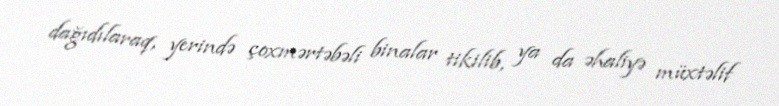
dağıdılaraq, yerində çoxmərtəbəli binalar tikilib, ya da əhaliyə müxtəlif